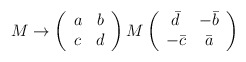
\begin{align*}M \rightarrow \left(\begin{array}{cc} a & b \\ c & d \end{array} \right) M \left(\begin{array}{cc} \bar{d} & -\bar{b} \\ -\bar{c} & \bar{a} \end{array}\right) \end{align*}